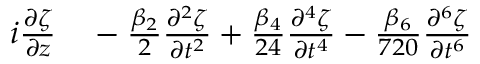
\begin{array} { r l } { i \frac { \partial \zeta } { \partial z } } & { { } - \frac { \beta _ { 2 } } { 2 } \frac { \partial ^ { 2 } \zeta } { \partial t ^ { 2 } } + \frac { \beta _ { 4 } } { 2 4 } \frac { \partial ^ { 4 } \zeta } { \partial t ^ { 4 } } - \frac { \beta _ { 6 } } { 7 2 0 } \frac { \partial ^ { 6 } \zeta } { \partial t ^ { 6 } } } \end{array}